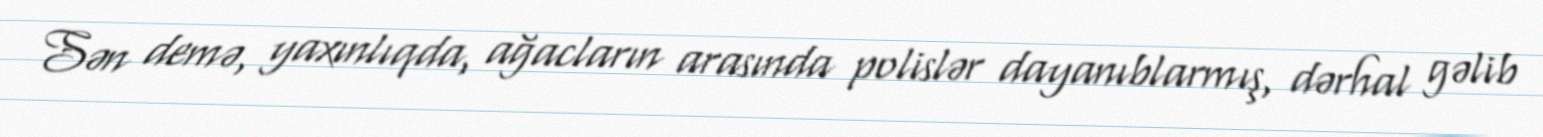
Sən demə, yaxınlıqda, ağacların arasında polislər dayanıblarmış, dərhal gəlib